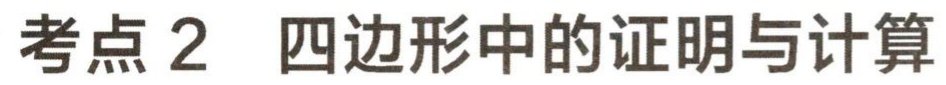
考点 2  四边形中的证明与计算